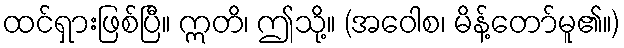
ထင်ရှားဖြစ်ပြီ။ ဣတိ၊ ဤသို့။ (အဝေါစ၊ မိန့်တော်မူ၏။)